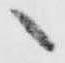
へ